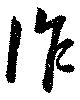
作